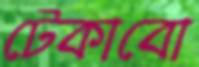
টেকাবো